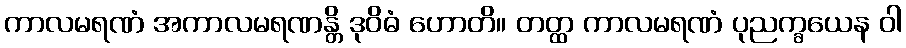
ကာလမရဏံ အကာလမရဏန္တိ ဒုဝိဓံ ဟောတိ။ တတ္ထ ကာလမရဏံ ပုညက္ခယေန ဝါ